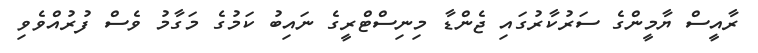
ރާއީސް ޔާމީންގެ ސަރުކާރުގައި ޖެންޑާ މިނިސްޓްރީގެ ނައިބު ކަމުގެ މަގާމު ވެސް ފުރުއްވެވި